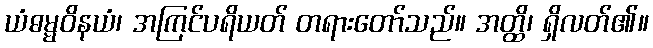
ယံဓမ္မဝိနယံ၊ အကြင်ပရိယတ် တရားတော်သည်။ အတ္ထိ၊ ရှိလတ်၏။